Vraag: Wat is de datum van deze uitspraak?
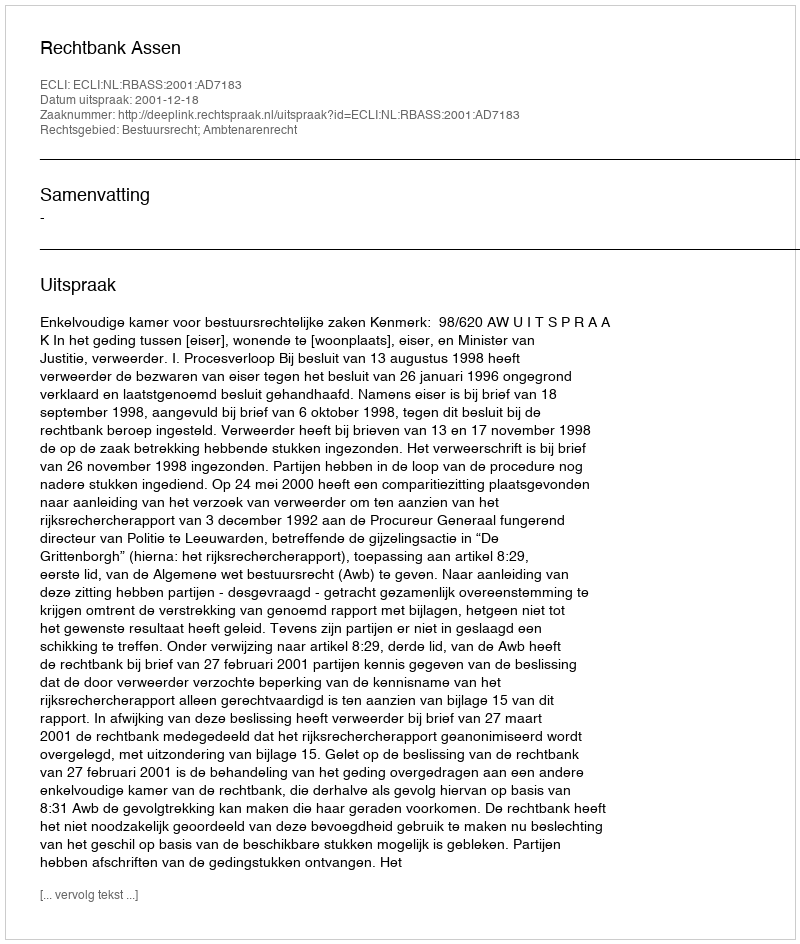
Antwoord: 2001-12-18